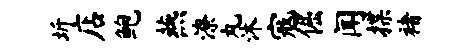
圻店鲍燕潦丸沐寇倔闻揲褚